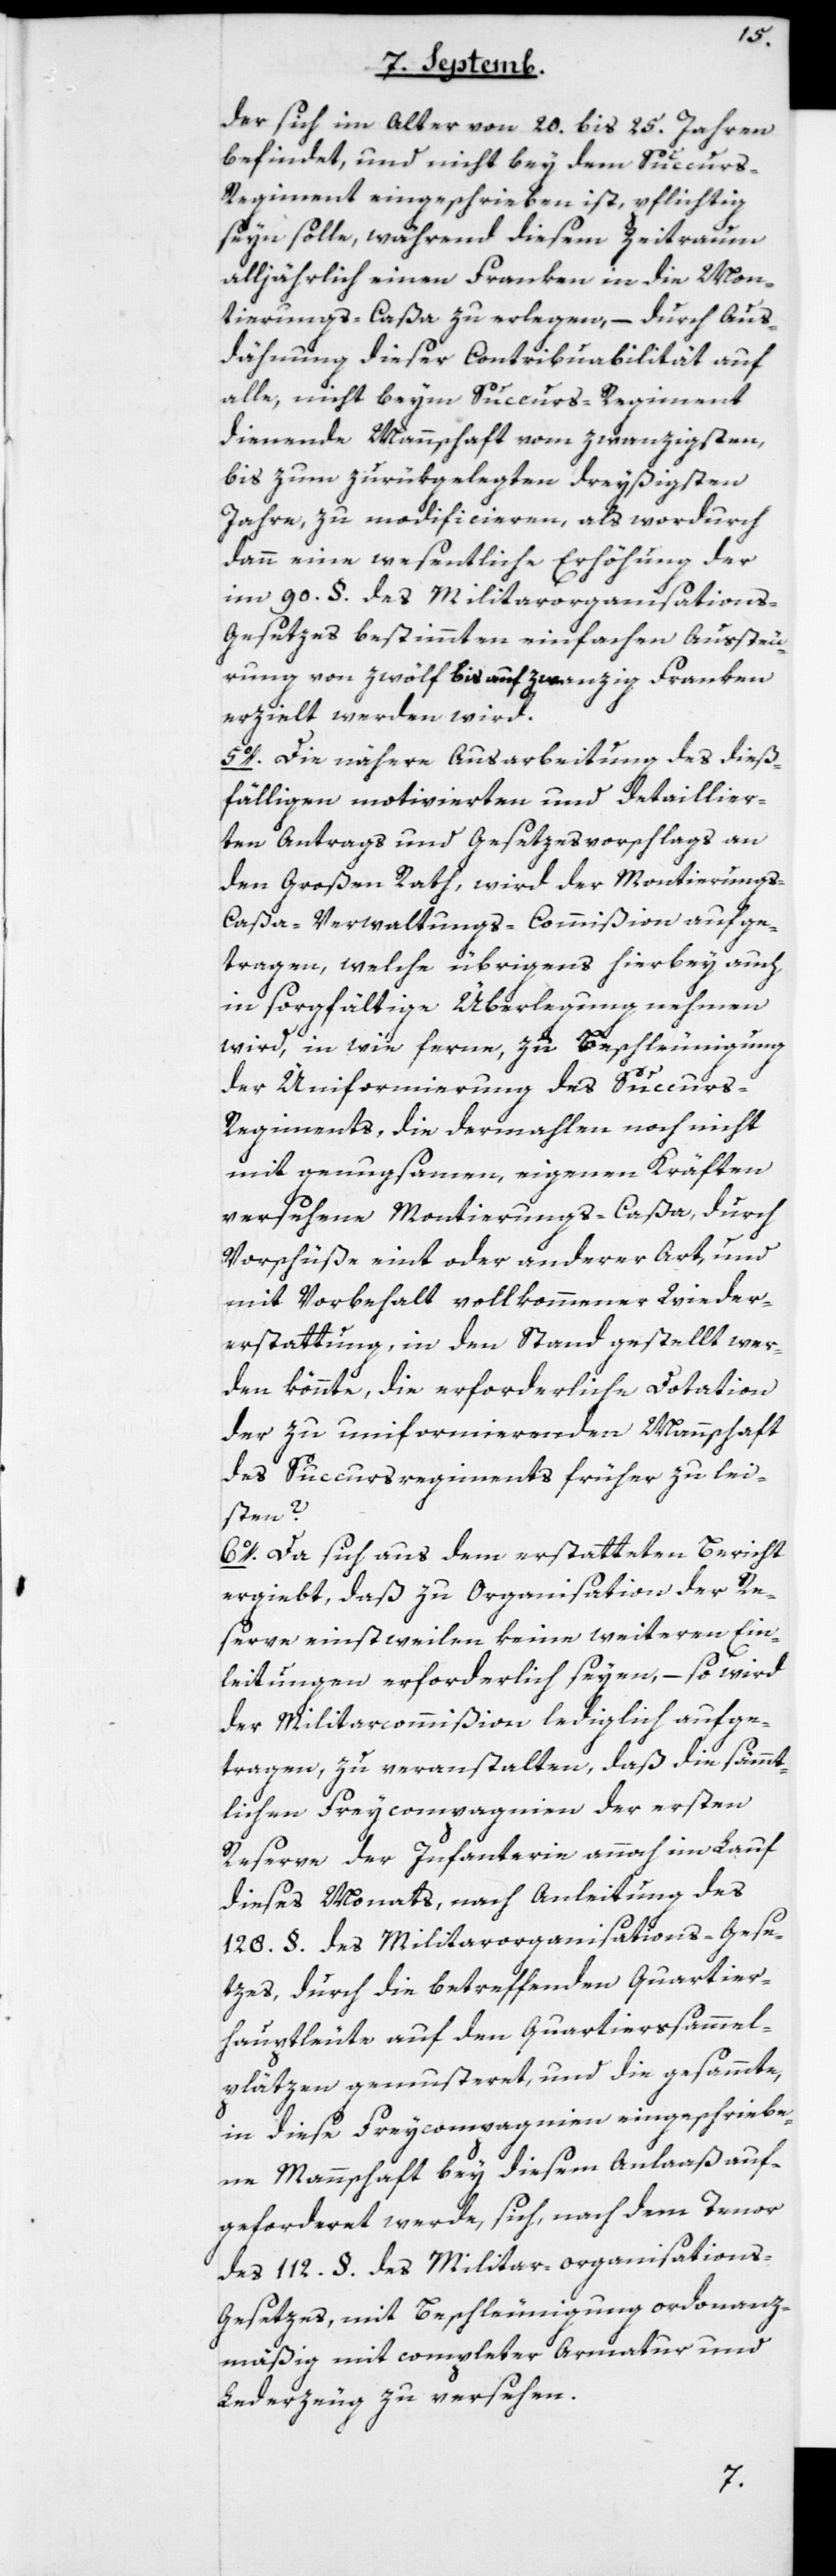
der sich im Alter von 20. bis 25. Jahren
befindet, und nicht bey dem Succurs-R¬
egiment eingeschrieben ist, pflichtig
seyn solle, während diesem Zeitraum
alljährlich einen Franken in die Mon¬
tierungs-Caßa zu erlegen, – durch Aus¬
dähnung dieser Contribuabilität auf
alle, nicht beym Succurs-Regiment
dienende Mannschaft vom zwanzigsten
bis zum zurückgelegten dreyßigsten
Jahre, zu modificieren, als wordurch
dann eine wesentliche Erhöhung der
im 90. §. des Militarorganisation¬
s-Gesetzes bestimmten einfachen Aussteu¬
rung von zwölf bis auf zwanzig Franken
erzielt werden wird.
5o. Die nähere Ausarbeitung des dieß¬
fälligen motivierten und detaillier¬
ten Antrags und Gesetzesvorschlags an
den Großen Rath, wird der Montierung¬
s-Caßa-Verwaltungs-Commißion aufge¬
tragen, welche übrigens hierbey auch
in sorgfältige Überlegung nehmen
wird, in wie ferne, zu Beschleunigung
der Uniformierung des Succur¬
s-Regiments, die dermahlen noch nicht
mit genugsamen, eigenen Kräften
versehene Montierungs-Caßa, durch
Vorschüße eint oder anderer Art, und
mit Vorbehalt vollkommener Wieder¬
erstattung, in den Stand gestellt wer¬
den könnte, die erforderliche Dotation
der zu uniformierenden Mannschaft
des Succursregiments früher zu lei¬
sten?
6o. Da sich aus dem erstatteten Bericht
ergiebt, daß zu Organisation der Re¬
serve einstweilen keine weiteren Ein¬
leitungen erforderlich seyen, – so wird
der Militarcommißion lediglich aufge¬
tragen, zu veranstalten, daß die sämmt¬
lichen Freycompagnien der ersten
Reserve der Infanterie annoch im Lauf
dieses Monats, nach Anleitung des
128. §. des Militarorganisations-Gese¬
tzes, durch die betreffenden Quartier¬
hauptleute auf den Quartiersammel¬
plätzen gemusteret, und die gesammte,
in diese Freycompagnien eingeschriebe¬
nen Mannschaft bey diesem Anlaaß auf¬
geforderet werde, sich nach dem Tenor
des 112. §. des Militar-organisation¬
s-Gesetzes, mit Beschleunigung ordonanz¬
mäßig mit completer Armatur und
Lederzeug zu versehen.